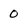
Character: 0